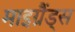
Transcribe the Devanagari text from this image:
माइग्रैंड्स